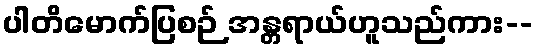
ပါတိမောက်ပြစဉ် အန္တရာယ်ဟူသည်ကား--